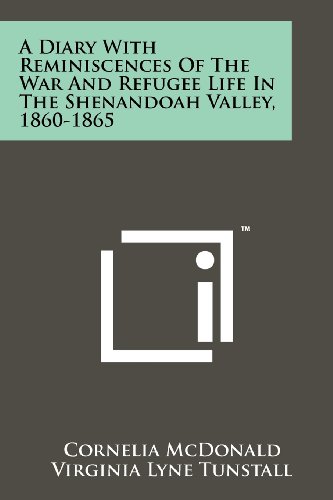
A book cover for A Diary With Reminiscences Of The War And Refugee Life In The Shenandoah Valley, 1860-1865; Cornelia McDonald; Literature & Fiction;